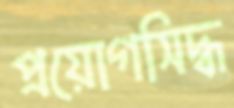
প্রয়োগসিদ্ধ